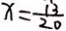
x = \frac { 1 3 } { 2 0 }